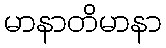
မာနာတိမာနာ